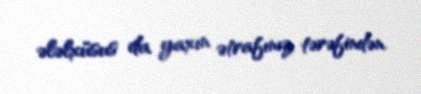
ələlxüsus da yaxın ətrafınız tərəfindən.